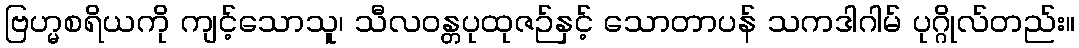
ဗြဟ္မစရိယကို ကျင့်သောသူ၊ သီလဝန္တပုထုဇဉ်နှင့် သောတာပန် သကဒါဂါမ် ပုဂ္ဂိုလ်တည်း။